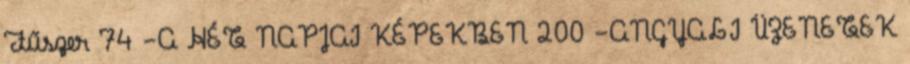
Fűszer 74 -A HÉT NAPJAI KÉPEKBEN 200 -ANGYALI ÜZENETEK